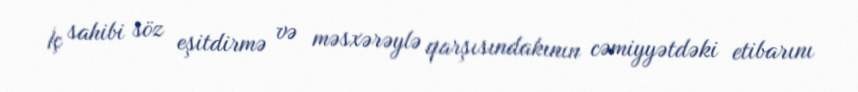
İç sahibi söz eşitdirmə və məsxərəylə qarşısındakının cəmiyyətdəki etibarını